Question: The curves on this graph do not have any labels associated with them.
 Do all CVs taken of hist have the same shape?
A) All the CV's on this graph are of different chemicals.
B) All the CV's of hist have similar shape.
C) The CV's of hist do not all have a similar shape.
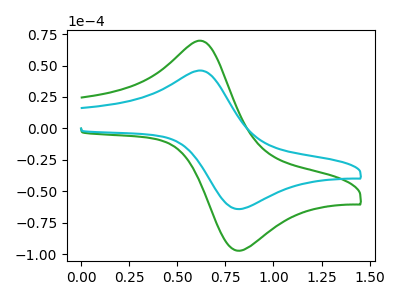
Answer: <think>The green curve "green" has an anodic peak at (0.65V, 69.10uA) and a cathodic peak at (0.85V, -97.30uA). The cyan curve "cyan" has an anodic peak at (0.65V, 45.60uA) and a cathodic peak at (0.85V, -64.20uA).
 All the peaks in "green" have a peak in "cyan" at the same potential. Every peak in "green" is higher than every peak in "cyan".</think>
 <answer>B) All the CV's of "hist" have similar shape.</answer>
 <eval>B</eval>